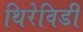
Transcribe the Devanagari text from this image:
थिरेविडी